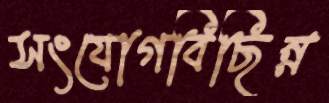
সংযোগবিছিন্ন